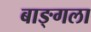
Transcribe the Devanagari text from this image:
बाङ्गला